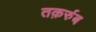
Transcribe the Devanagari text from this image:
तक़र्रुब